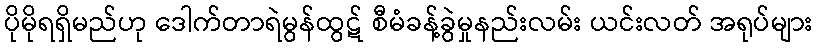
ပိုမိုရရှိမည်ဟု ဒေါက်တာရဲမွန်ထွဋ် စီမံခန့်ခွဲမှုနည်းလမ်း ယင်းလတ် အရုပ်များ